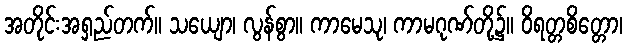
အတိုင်းအရှည်တက်။ သယျော၊ လွန်စွာ။ ကာမေသု၊ ကာမဂုဏ်တို့၌။ ဝိရတ္တစိတ္တော၊